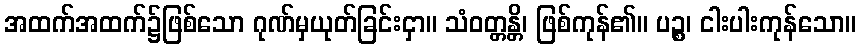
အထက်အထက်၌ဖြစ်သော ဂုဏ်မှယုတ်ခြင်းငှာ။ သံဝတ္တန္တိ၊ ဖြစ်ကုန်၏။ ပဉ္စ၊ ငါးပါးကုန်သော။